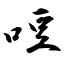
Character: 哣